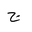
Letter: _gim